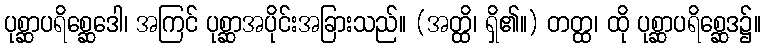
ပုစ္ဆာပရိစ္ဆေဒေါ၊ အကြင် ပုစ္ဆာအပိုင်းအခြားသည်။ (အတ္ထိ၊ ရှိ၏။) တတ္ထ၊ ထို ပုစ္ဆာပရိစ္ဆေဒ၌။